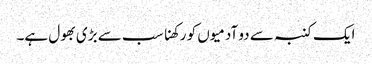
ایک کنبہ سے دو آدمیوں کو رکھنا سب سے بڑی بھول ہے۔